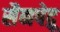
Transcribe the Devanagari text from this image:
सैनपेद्रू